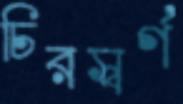
চিরস্বর্গ